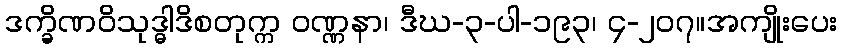
ဒက္ခိဏဝိသုဒ္ဓါဒိစတုက္က ဝဏ္ဏနာ၊ ဒီဃ-၃-ပါ-၁၉၃၊ ၄-၂၀၇။အကျိုးပေး